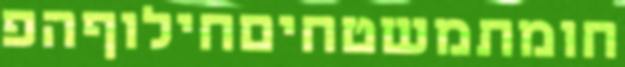
חומתמשטחיםחילוףהפ